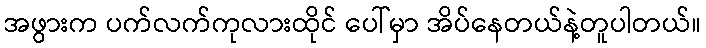
အဖွားက ပက်လက်ကုလားထိုင် ပေါ်မှာ အိပ်နေတယ်နဲ့တူပါတယ်။